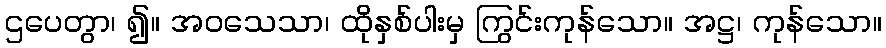
ဌပေတွာ၊ ၍။ အဝသေသာ၊ ထိုနှစ်ပါးမှ ကြွင်းကုန်သော။ အဋ္ဌ၊ ကုန်သော။